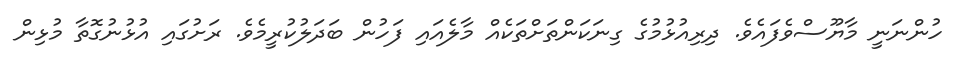
ހުންނަނީ މާޔޫސްވެފައެވެ. ދިރިއުޅުމުގެ ގިނަކަންތަށްތަކެއް މާލެއައި ފަހުން ބަދަލުކުރީމެވެ. ރަށުގައި އުޅުނުގޮތާ މުޅިން